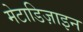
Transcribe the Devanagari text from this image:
मेटाडिज़ाइन